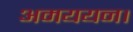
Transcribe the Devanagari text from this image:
अमययन।